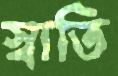
স্বাতি